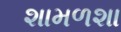
શામળશા